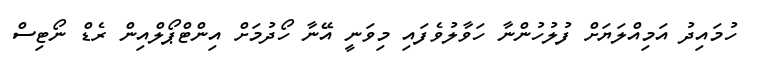
ހުމައިދު އަމިއްލަޔަށް ފުލުހުންނާ ހަވާލުވެފައި މިވަނީ އޭނާ ހޯދުމަށް އިންޓްޕޯލްއިން ރެޑް ނޯޓިސް